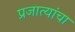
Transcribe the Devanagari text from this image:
प्रजात्यांचा